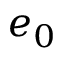
e _ { 0 }